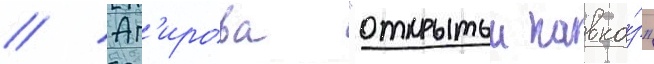
// Аг'ирова "открытыи кавка́з"